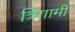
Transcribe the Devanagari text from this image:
त्रिगामी